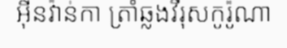
អ៊ីនវ៉ាន់កា ត្រាំឆ្លងវីរុសកូរ៉ូណា